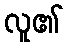
လူ၏